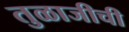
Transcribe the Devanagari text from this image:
तुळाजीची